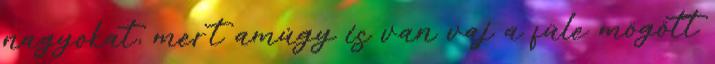
nagyokat, mert amúgy is van vaj a füle mögött